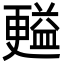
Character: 㬲